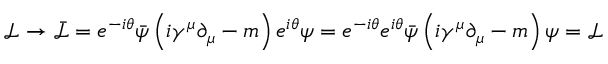
{ \mathcal { L } } \rightarrow { \bar { \mathcal { L } } } = e ^ { - i \theta } { \bar { \psi } } \left( i \gamma ^ { \mu } \partial _ { \mu } - m \right) e ^ { i \theta } \psi = e ^ { - i \theta } e ^ { i \theta } { \bar { \psi } } \left( i \gamma ^ { \mu } \partial _ { \mu } - m \right) \psi = { \mathcal { L } }